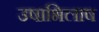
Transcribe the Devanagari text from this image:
उषाभिलाष